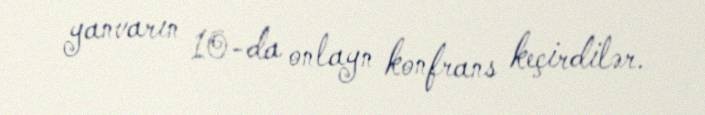
yanvarın 10-da onlayn konfrans keçirdilər.